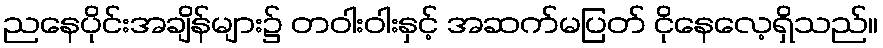
ညနေပိုင်းအချိန်များ၌ တဝါးဝါးနှင့် အဆက်မပြတ် ငိုနေလေ့ရှိသည်။